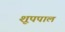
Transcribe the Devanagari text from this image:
शूपपाल